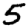
Digit: 5